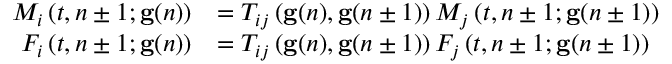
\begin{array} { r l } { M _ { i } \left( t , n \pm 1 ; \mathbf { g } ( n ) \right) } & { = T _ { i j } \left( \mathbf { g } ( n ) , \mathbf { g } ( n \pm 1 ) \right) M _ { j } \left( t , n \pm 1 ; \mathbf { g } ( n \pm 1 ) \right) } \\ { F _ { i } \left( t , n \pm 1 ; \mathbf { g } ( n ) \right) } & { = T _ { i j } \left( \mathbf { g } ( n ) , \mathbf { g } ( n \pm 1 ) \right) F _ { j } \left( t , n \pm 1 ; \mathbf { g } ( n \pm 1 ) \right) } \end{array}